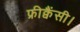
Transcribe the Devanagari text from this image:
फ्रीक्वैंसी।